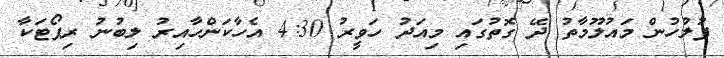
ފުލުހުން މައުލޫމާތު ދޭ ގޮތުގައި މިއަދު ހަވީރު 4:30 އެހާކަންހާއިރު ލިބުނު ރިޕޯޓަކާ